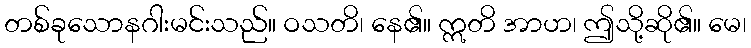
တစ်ခုသောနဂါးမင်းသည်။ ဝသတိ၊ နေ၏။ ဣတိ အာဟ၊ ဤသို့ဆို၏။ မေ၊